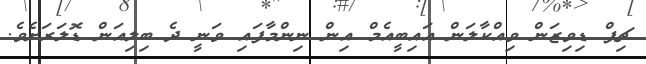
ޗިޕް ޑިވިޒަން ވިއްކާލަން އައިބީއެމް އިން ނިންމާފައި ވަނީ ދެ ބިލިއަން ޑޮލަރަށެވެ.